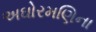
અઘોરમણિના